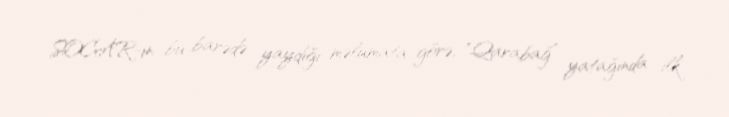
SOCAR-ın bu barədə yaydığı məlumata görə, "Qarabağ” yatağında ilk